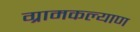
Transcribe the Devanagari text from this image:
ग्रामकल्याण